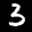
Label: 3